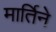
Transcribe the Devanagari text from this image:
मार्तिने